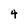
Character: 4